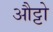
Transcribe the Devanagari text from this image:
औट्टो